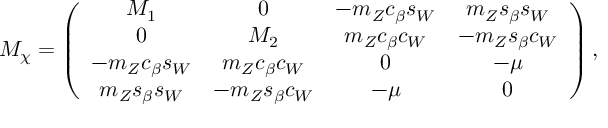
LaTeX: M _ { \chi } = \left( \begin{array} { c c c c } { { M _ { 1 } } } & { { 0 } } & { { - m _ { Z } c _ { \beta } s _ { W } } } & { { m _ { Z } s _ { \beta } s _ { W } } } \\ { { 0 } } & { { M _ { 2 } } } & { { m _ { Z } c _ { \beta } c _ { W } } } & { { - m _ { Z } s _ { \beta } c _ { W } } } \\ { { - m _ { Z } c _ { \beta } s _ { W } } } & { { m _ { Z } c _ { \beta } c _ { W } } } & { { 0 } } & { { - \mu } } \\ { { m _ { Z } s _ { \beta } s _ { W } } } & { { - m _ { Z } s _ { \beta } c _ { W } } } & { { - \mu } } & { { 0 } } \end{array} \right) ,